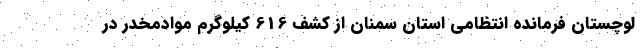
لوچستان فرمانده انتظامی استان سمنان از کشف 616 کیلوگرم موادمخدر در